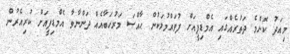
މިއަދު ކޮންމެ ދަތުރެއްގައި އެމްޑިޕީއަށް ފުވައްމުލަކުން ޙާއްޞަ މަރުހަބާއެއް ދަންނާވާ އެމްޑިޕީއަށް ކުރިއެރުން